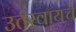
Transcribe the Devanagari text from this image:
उतरवायचे